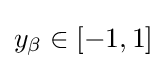
y_{\beta }\in [-1,1]